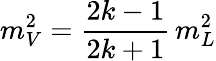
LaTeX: m_{V}^{2}={\frac{2k-1}{2k+1}}\, m_{L}^{2}